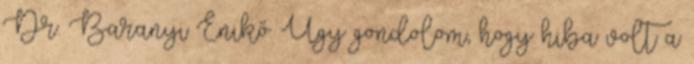
Dr. Baranyi Enikő: Úgy gondolom, hogy hiba volt a